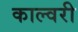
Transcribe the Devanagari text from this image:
काल्वरी